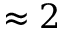
\approx 2